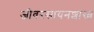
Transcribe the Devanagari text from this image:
जीवरसायनशास्त्र